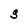
Character: S